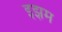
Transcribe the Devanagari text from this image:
इझम